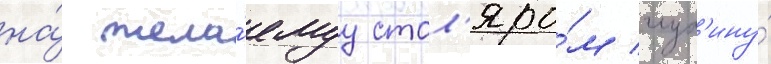
на́ жела́емуу стол'яро́м глуб'ину́